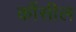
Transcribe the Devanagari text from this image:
कौंसील